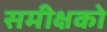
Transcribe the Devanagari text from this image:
समीक्षको